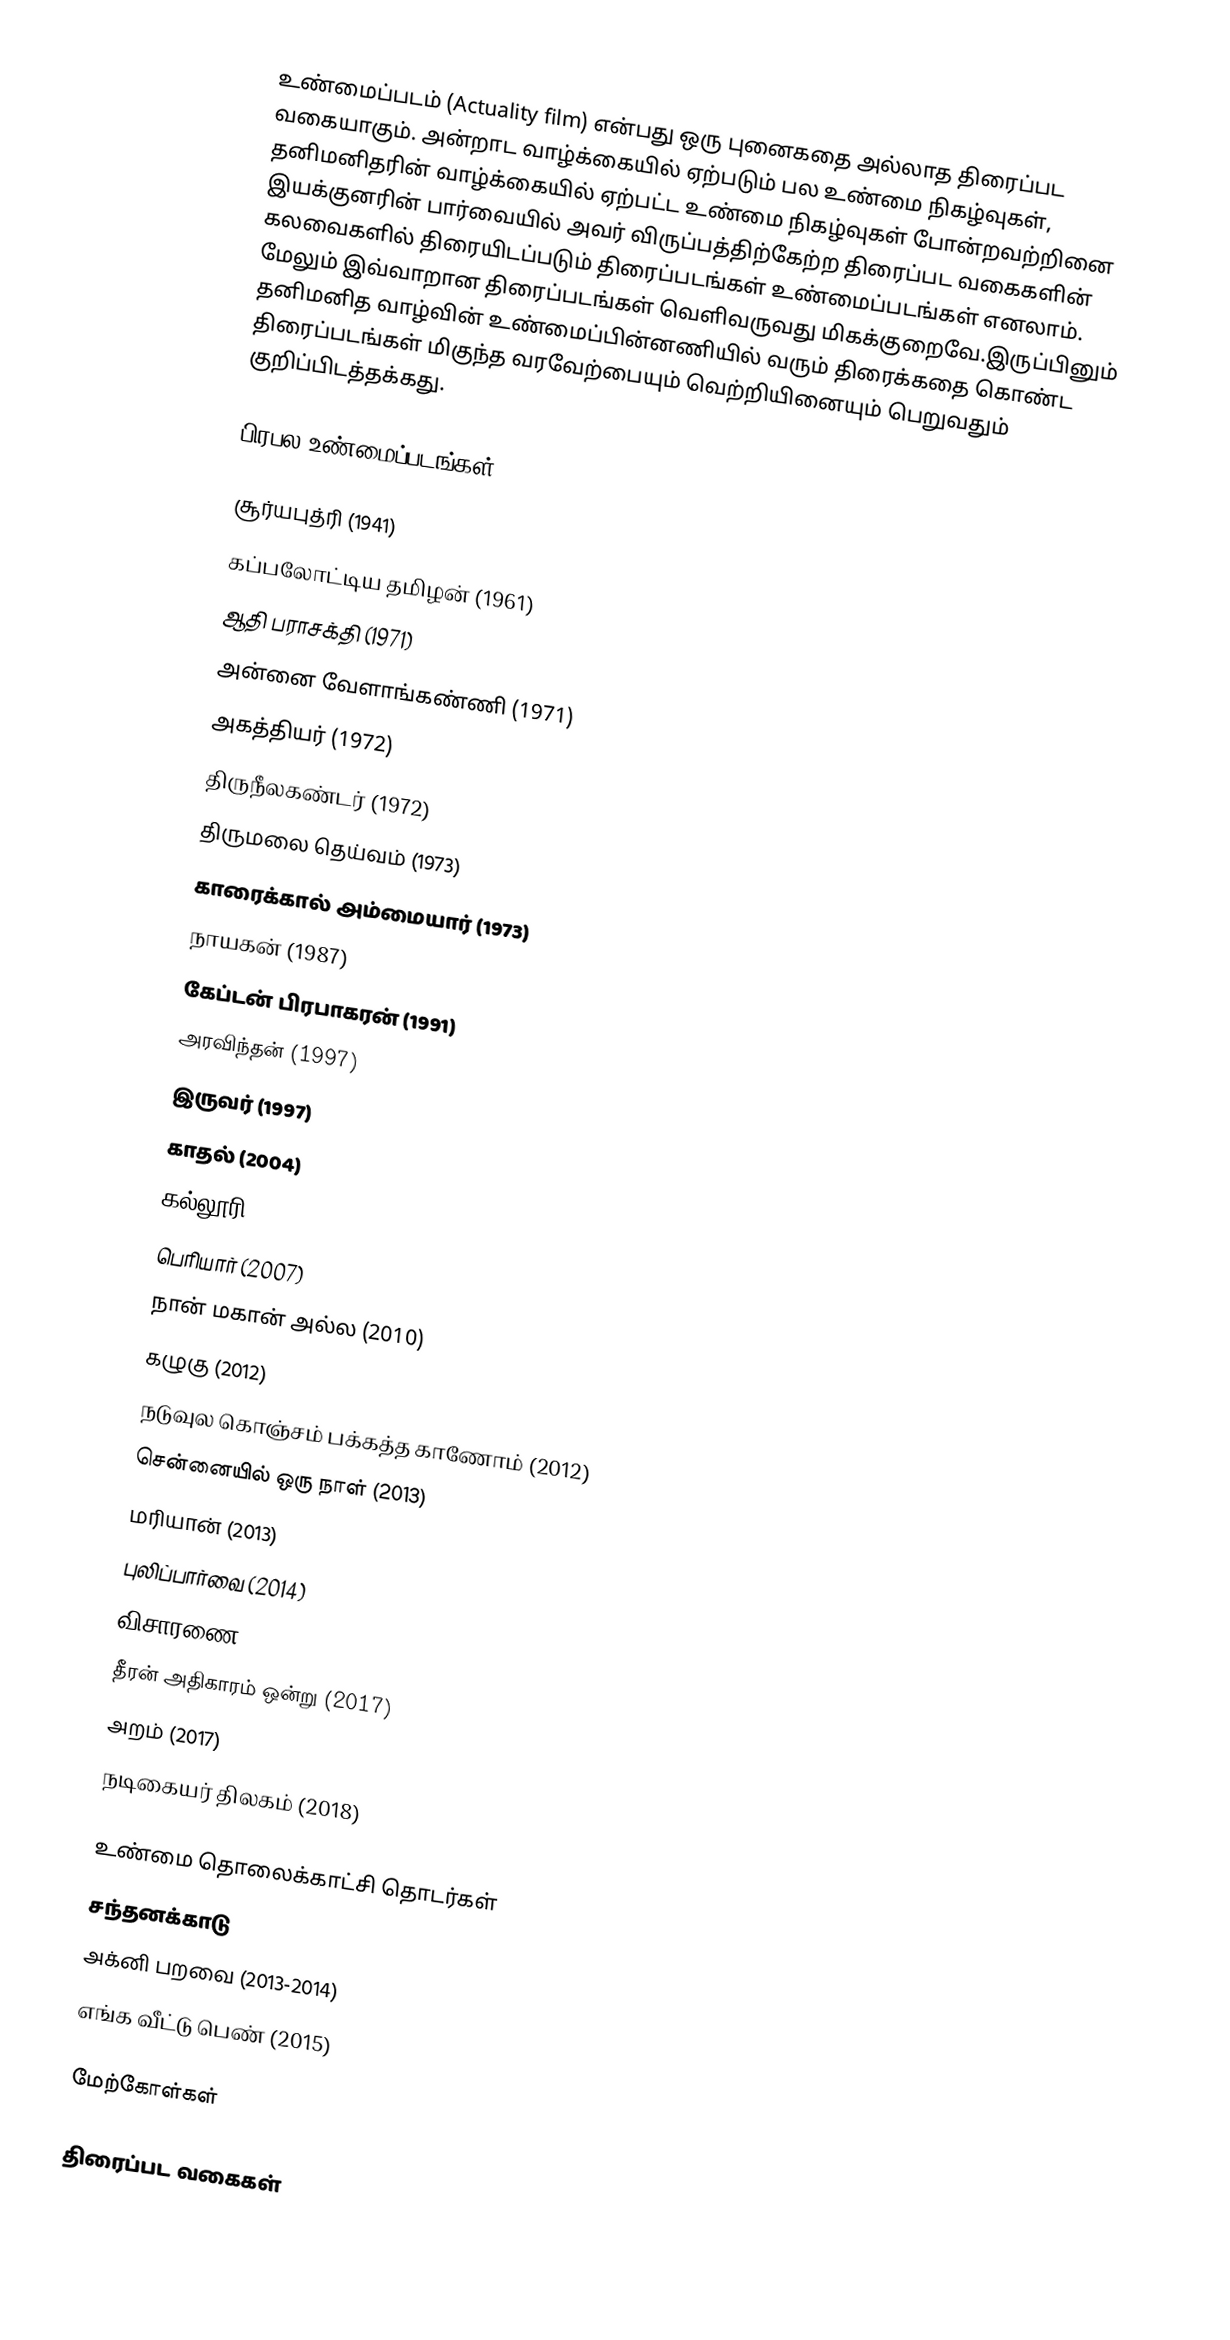
உண்மைப்படம் (Actuality film) என்பது ஒரு புனைகதை அல்லாத திரைப்பட வகையாகும். அன்றாட வாழ்க்கையில் ஏற்படும் பல உண்மை நிகழ்வுகள், தனிமனிதரின் வாழ்க்கையில் ஏற்பட்ட உண்மை நிகழ்வுகள் போன்றவற்றினை இயக்குனரின் பார்வையில் அவர் விருப்பத்திற்கேற்ற திரைப்பட வகைகளின் கலவைகளில் திரையிடப்படும் திரைப்படங்கள் உண்மைப்படங்கள் எனலாம். மேலும் இவ்வாறான திரைப்படங்கள் வெளிவருவது மிகக்குறைவே.இருப்பினும் தனிமனித வாழ்வின் உண்மைப்பின்னணியில் வரும் திரைக்கதை கொண்ட திரைப்படங்கள் மிகுந்த வரவேற்பையும் வெற்றியினையும் பெறுவதும் குறிப்பிடத்தக்கது.

பிரபல உண்மைப்படங்கள்

 சூர்யபுத்ரி (1941)
 கப்பலோட்டிய தமிழன் (1961)
 ஆதி பராசக்தி (1971)
 அன்னை வேளாங்கண்ணி (1971)
 அகத்தியர் (1972)
 திருநீலகண்டர் (1972)
 திருமலை தெய்வம் (1973)
 காரைக்கால் அம்மையார் (1973)
 நாயகன் (1987)
 கேப்டன் பிரபாகரன் (1991)
 அரவிந்தன் (1997)
 இருவர் (1997)
 காதல் (2004)
 கல்லூரி (2007)
 பெரியார் (2007)
 நான் மகான் அல்ல (2010)
 கழுகு (2012)
 நடுவுல கொஞ்சம் பக்கத்த காணோம் (2012)
 சென்னையில் ஒரு நாள் (2013)
 மரியான் (2013)
 புலிப்பார்வை (2014)
 விசாரணை (2015)
 தீரன் அதிகாரம் ஒன்று (2017)
 அறம் (2017)
 நடிகையர் திலகம் (2018)

உண்மை தொலைக்காட்சி தொடர்கள்
 சந்தனக்காடு
 அக்னி பறவை (2013-2014)
 எங்க வீட்டு பெண் (2015)

மேற்கோள்கள்

திரைப்பட வகைகள்